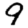
Digit: 9